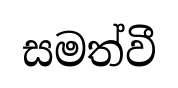
සමත්වී